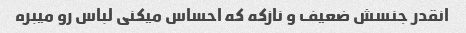
انقدر جنسش ضعیف و نازکه که احساس میکنی لباس رو میبره